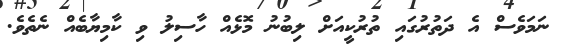
ނަމަވެސް އެ ދަތުރުގައި ތުރުކީއަށް ލިބުނު މޮޅެއް ހާސިލު ވި ކާމިޔާބެއް ނެތެވެ.